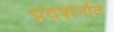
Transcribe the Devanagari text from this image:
प्रदशर्नात